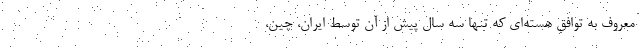
معروف به توافق هسته‌ای که تنها سه سال پیش از آن توسط ایران، چین،